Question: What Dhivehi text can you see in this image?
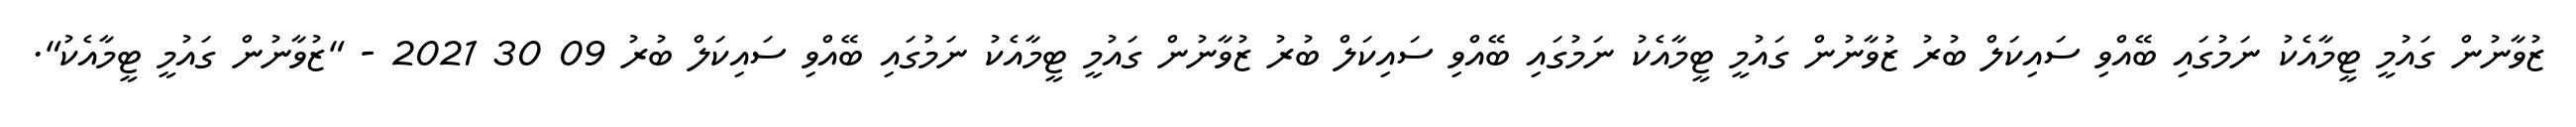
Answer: ޒުވާނުން ގައުމީ ޓީމާއެކު ނަމުގައި ބޭއްވި ސައިކަލް ބުރު ޒުވާނުން ގައުމީ ޓީމާއެކު ނަމުގައި ބޭއްވި ސައިކަލް ބުރު ޒުވާނުން ގައުމީ ޓީމާއެކު ނަމުގައި ބޭއްވި ސައިކަލް ބުރު 09 30 2021 - "ޒުވާނުން ގައުމީ ޓީމާއެކު".